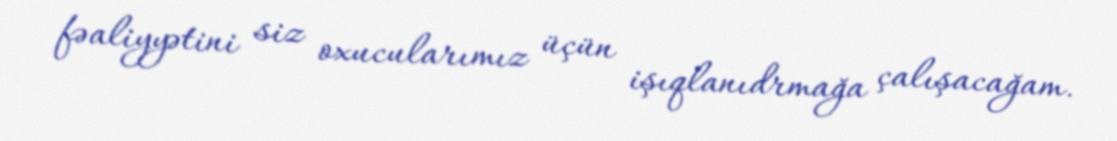
fəaliyyətini siz oxucularımız üçün işıqlanıdrmağa çalışacağam.